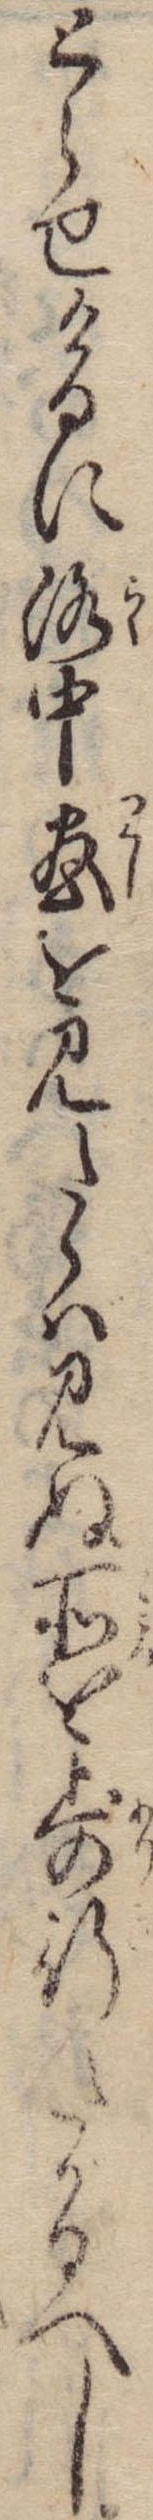
とらせけるに洛中尽を見たらば見ぬ所を歩行たがるへし